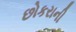
છોકરાની